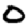
Digit: 0